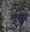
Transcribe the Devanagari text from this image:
भूसुर